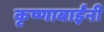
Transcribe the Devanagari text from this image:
कृष्णाबाईंनी